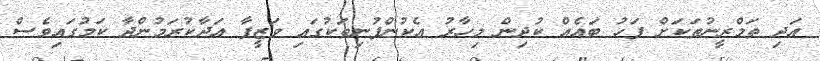
އަދި ތަމްރީނުތަކަށް ފަހު ބައެއް ކުދިން މިހާރު އެކުންފުނިތަކުގައި ވަޒީފާ އަދާކުރަމުންދާ ކަަމުގައިވެސް